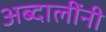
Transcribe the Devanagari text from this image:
अब्दालींनी